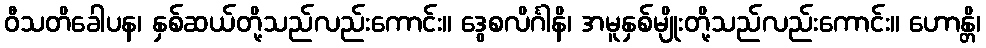
ဝီသတိခေါပန၊ နှစ်ဆယ်တို့သည်လည်းကောင်း။ ဒွေစလိင်္ဂါနိ၊ အမူနှစ်မျိုးတို့သည်လည်းကောင်း။ ဟောန္တိ၊